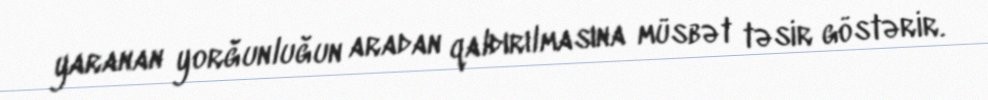
yaranan yorğunluğun aradan qaldırılmasına müsbət təsir göstərir.